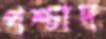
পশ্চাদ